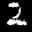
Label: 2